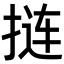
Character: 𫽁